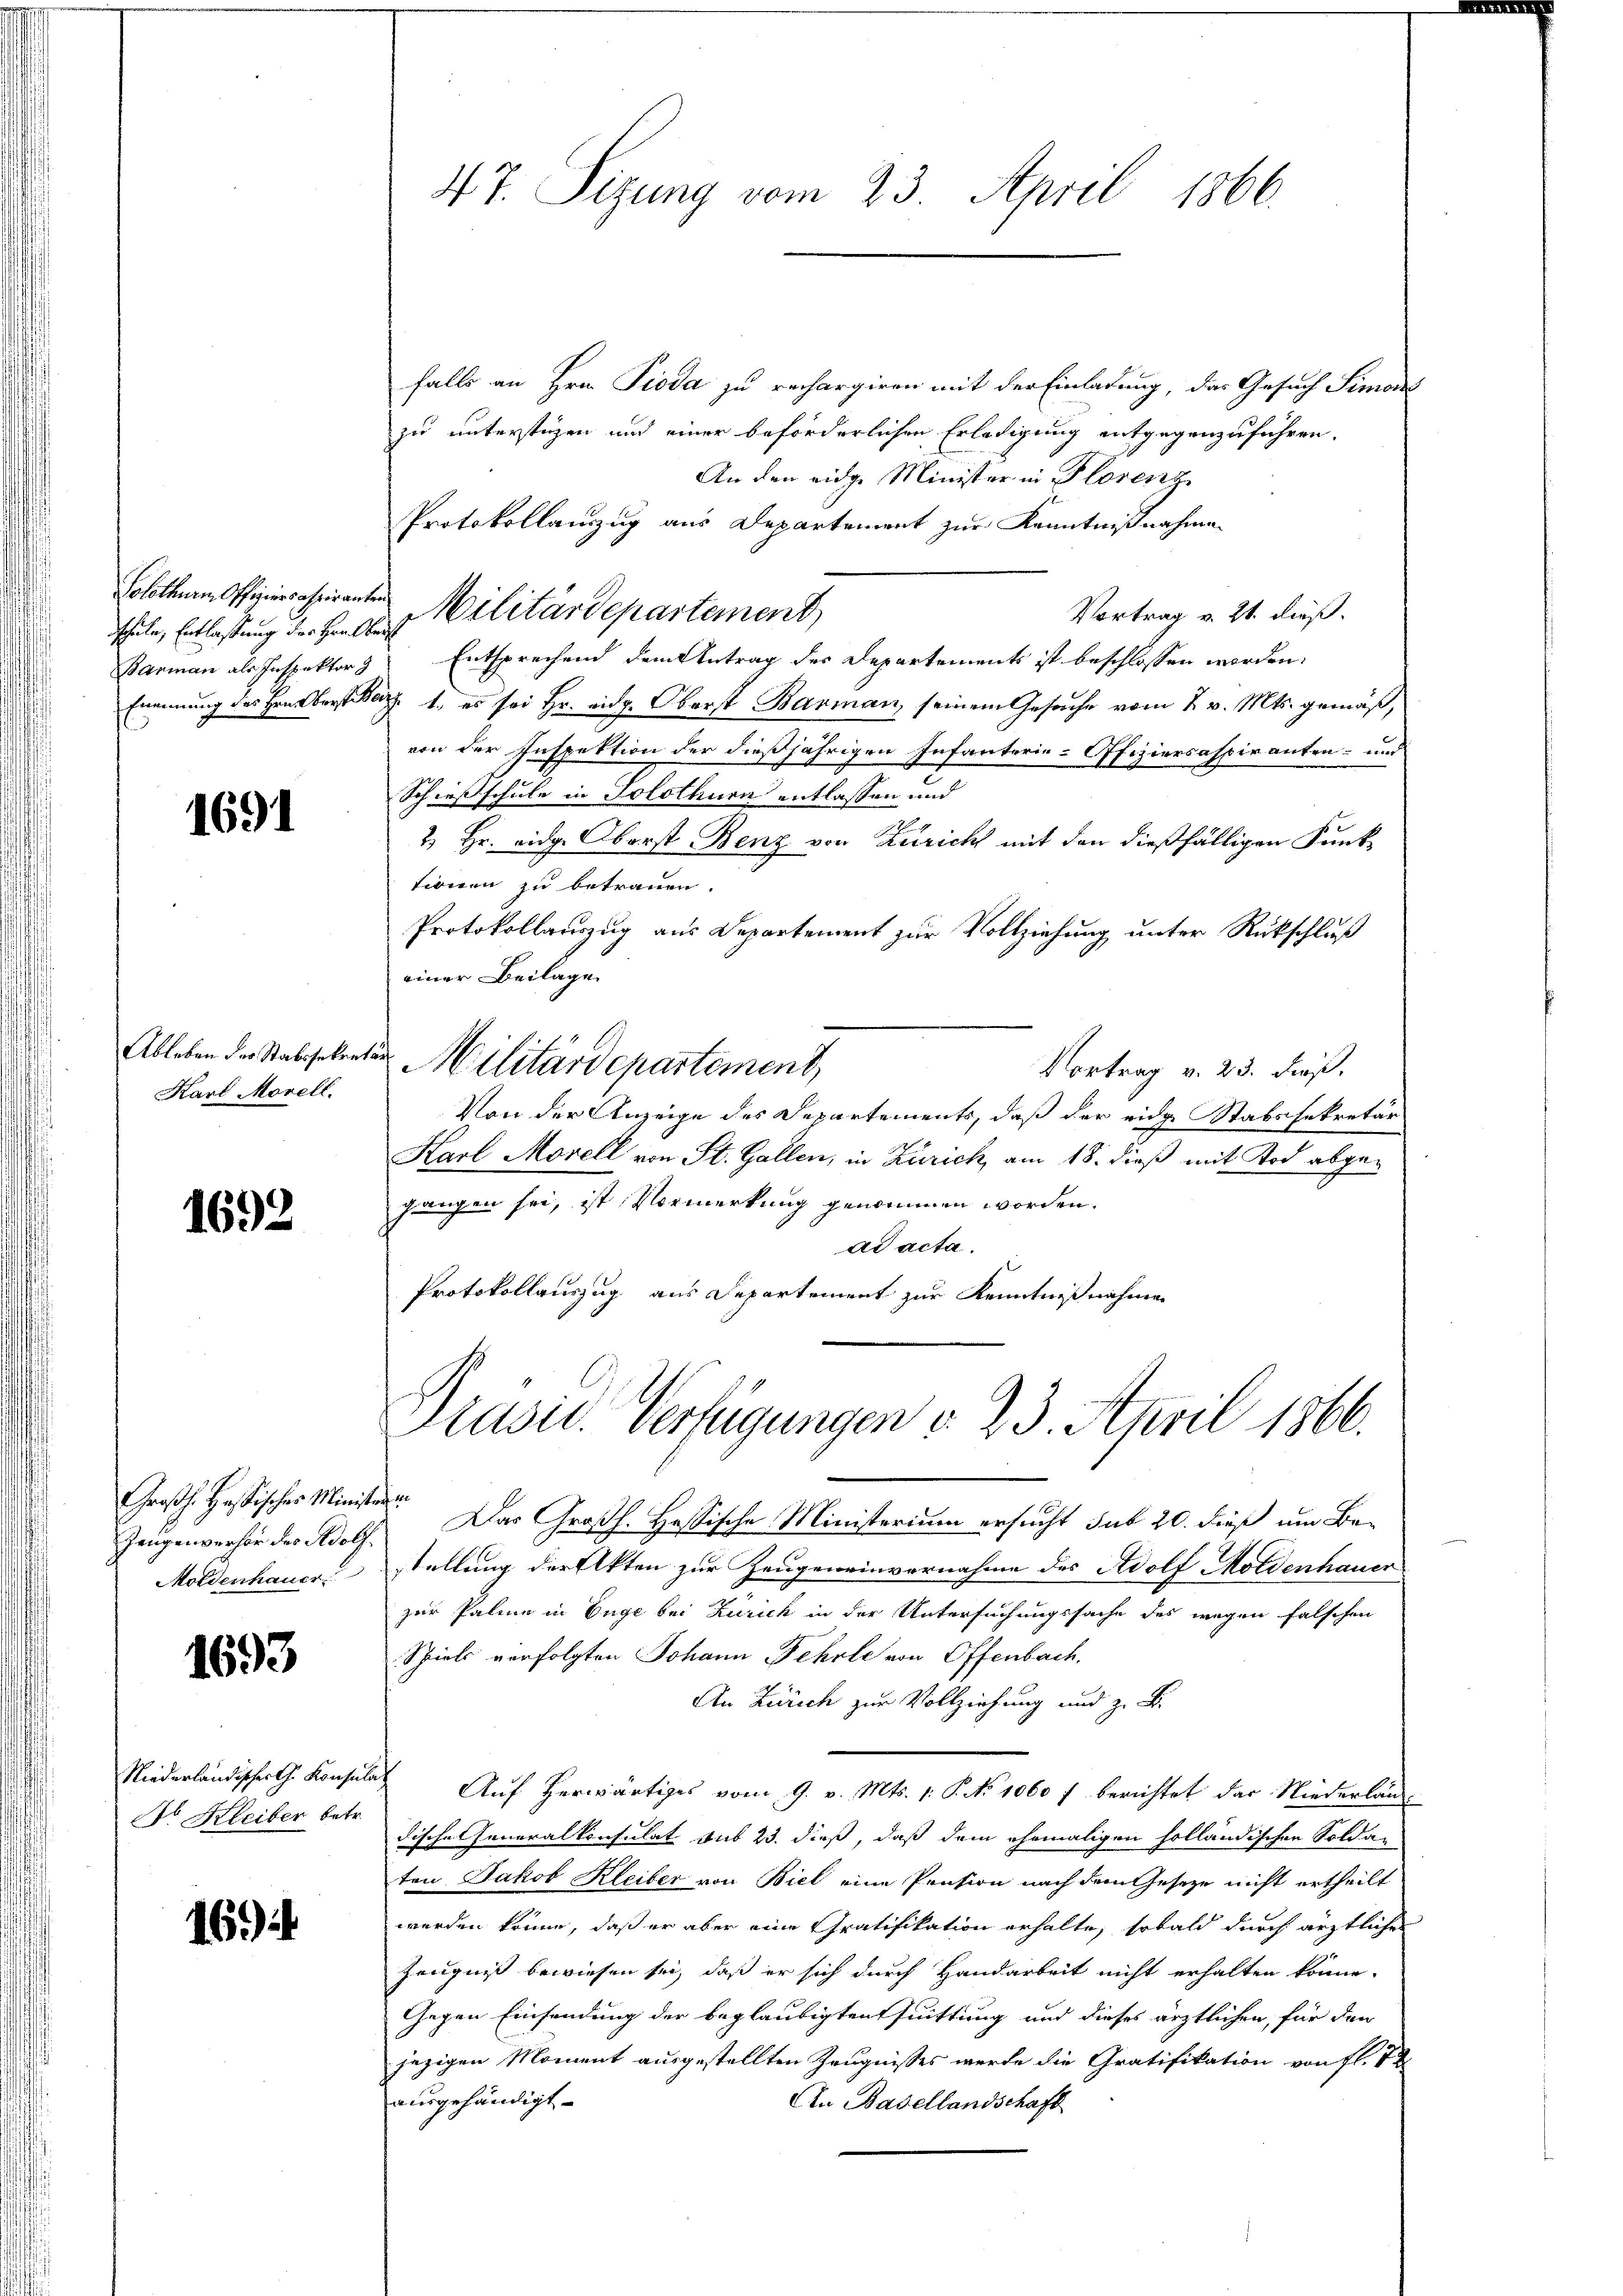
Solothurn, Offiziers Griranten
schule, Entlaßung der Herr Obers
Enennung des Hrn. Vorstes

1691

Ableben der Stabssekun
Karl Morell.

1692

Großh. Hassisches Ministe
Zeugenverhör des Adolf
Moldenhauer

1693

Niederländischer G. Konsu
Dr Kleiber betr.

1694

47. Sizung vom 23. April 1866.

falls an Hrn. Pioda zu rechargiren mit der Einladung, das Gesuch Simon
zu unterstüzen und einer beförderlichen Erledigung entgegenzuführen.
An den eidge Minister in Florenz
Protokollanzug aus Departement zur Kenntnißnahmen
Vortrag v. 21. dieß.
Banman als Inspektor Entsprechend dem Antrag des Departements ist beschlossen worden.
a 1., es sei Hr. eidg. Oberst Bauman, seinem Gesuche vom 2. v. Mts. gemäß,
von der Inspektion der dießjährigen Infanterie-Offiziersaspiranten- und
Schießschule in Solothurn entlassen und
2) Hr. eidg. Oberst Benz von Zürich mit den dießfälligen Punktionen zu betrauen.
Protokollauszug aus Departement zur Vollziehung unter Rückschluß
einer Beilage
 Militärdepartement,
Vortrag v. 23. dieß.
Von der Anzeige des Departements, daß der eidge Stabssekretär
Karl Morell von St. Gallen, in Zürich, am 18. dieß mit Tod abgegangen sei, ist Vormerkung genommen worden.
ad acta.
Protokollauszug aus Departement zur Kenntnißnahmen
Präsid. Verfügungen v. 23. April 1866.
lofen
 Das Großh. Hassische Ministerium ersucht sub 20. dieß um Be-
stellung der Akten zur Zeugeneinvernahme des Adolf Moldenhauer
zur Paline in Enge bei Zürich in der Untersuchungssache des wegen falschen
Spiels verfolgten Johann Fehrle von Offenbach.
An Zürich zur Vollziehung und z. B.
Auf herwärtiges vom 9. v. Mts. 1. P. No 1060 f berichtet das Niederlän¬
Fische Generalkonsulat aus 23. dieß, daß dem ehemaligen holländischen Soldaten Jakob Kleiber von Biel eine Pension nach dem Geseze nicht ertheilt
werden könne, daß er aber eine Gratifikation erhalte, sobald durch ärztliches
Zeugniß bewiesen sei, daß er sich durch Handarbeit nicht erhalten könne.
Gegen Einsendung der beglaubigten fuittung und dieses ärztlichen, für den
jezigen Moment ausgestellten Zeugnisses werde die Gratifikation von fl. 1 u
ausgehändigt.
An Basellandschaft

Militärdepartement